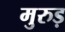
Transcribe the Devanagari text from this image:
मुरुड़